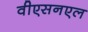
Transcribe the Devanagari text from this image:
वीएसनएल